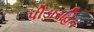
પીડારહિત